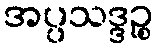
အပ္ပသဒ္ဒဉ္စ